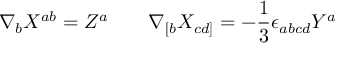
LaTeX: \nabla _ { b } X ^ { a b } = Z ^ { a } \qquad \nabla _ { [ b } X _ { c d ] } = - \frac { 1 } { 3 } \epsilon _ { a b c d } Y ^ { a }